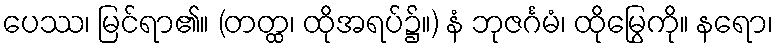
ပေဿ၊ မြင်ရာ၏။ (တတ္ထ၊ ထိုအရပ်၌။) နံ ဘုဇင်္ဂမံ၊ ထိုမြွေကို။ နရော၊